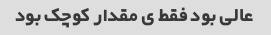
عالی بود فقط ی مقدار کوچک بود